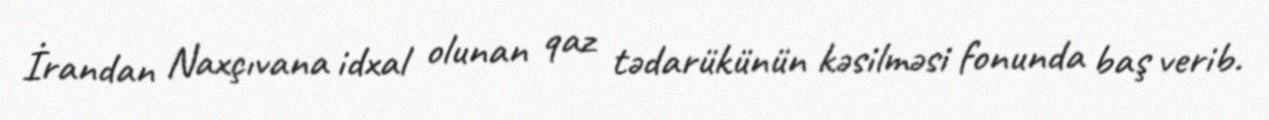
İrandan Naxçıvana idxal olunan qaz tədarükünün kəsilməsi fonunda baş verib.